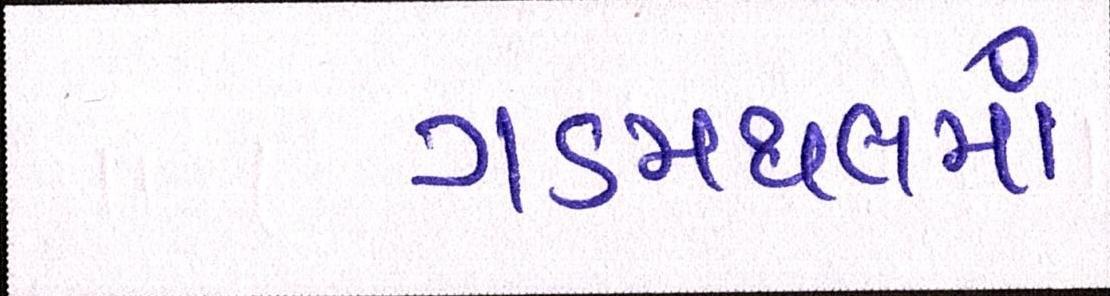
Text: ગડમથલમાં